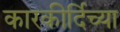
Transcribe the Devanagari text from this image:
कारकीर्दिच्या